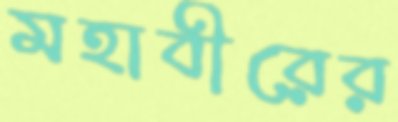
মহাবীরের